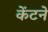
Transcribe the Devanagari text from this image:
केंटने